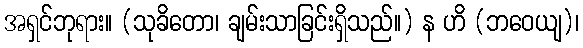
အရှင်ဘုရား။ (သုခိတော၊ ချမ်းသာခြင်းရှိသည်။) န ဟိ (ဘဝေယျ)၊